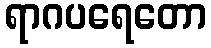
ရာဂပရေတော